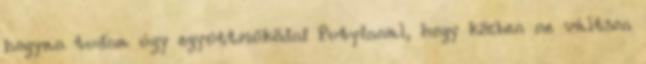
hogyan tudna úgy együttműködni Putyinnal, hogy közben ne váltson